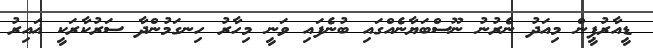
ޑީއާރުޕީން މިއަދު ނެރުނު ނޫސްބަޔާނެއްގައި ބުނެފައި ވަނީ މިހާރު ހިނގަމުންދާ ސަރުކާރަކީ ޣައިރު